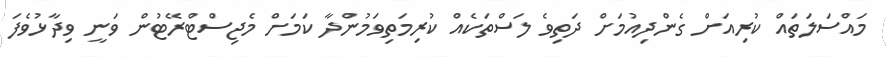
މައްސަލަތައް ކުރިއަށް ގެންދިއުމަށް ދަތިވެ ލަސްތަކެއް ކުރިމަތިވަމުންދާ ކަމަށް މެޖިސްޓްރޭޓުން ވަނީ ވިދާޅުވެފަ